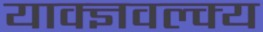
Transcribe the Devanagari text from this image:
याक्ज्ञवल्क्य